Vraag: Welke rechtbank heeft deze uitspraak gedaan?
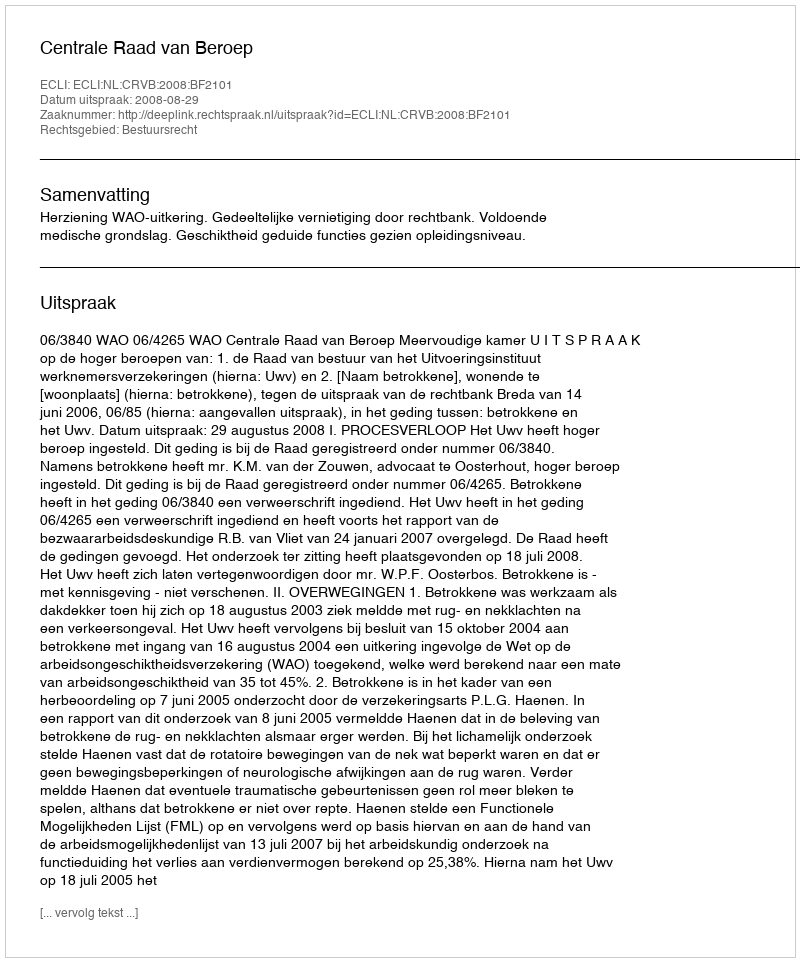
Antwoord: Centrale Raad van Beroep